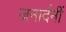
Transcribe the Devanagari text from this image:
जनार्दनीं